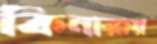
কিনারায়